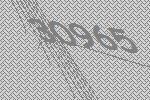
30965